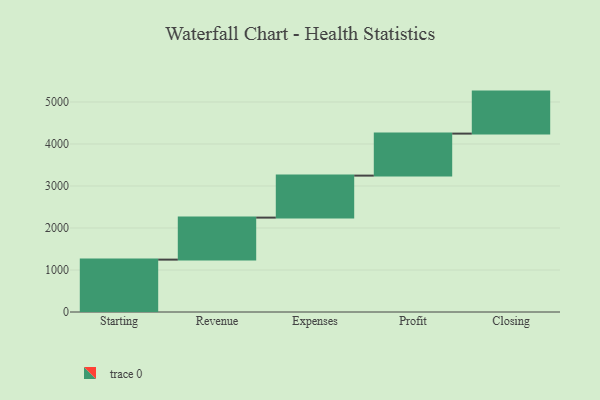
{"axis": {"x": "Step", "y": "Value"}, "legend": [""], "data": [{"x": "Starting", "y": 1247.0, "type": ""}, {"x": "Revenue", "y": 1000, "type": ""}, {"x": "Expenses", "y": 1000, "type": ""}, {"x": "Profit", "y": 1000, "type": ""}, {"x": "Closing", "y": 1000, "type": ""}]}